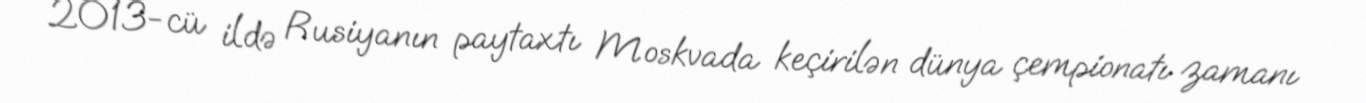
2013-cü ildə Rusiyanın paytaxtı Moskvada keçirilən dünya çempionatı zamanı